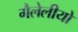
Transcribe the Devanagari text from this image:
गैलेलीयो